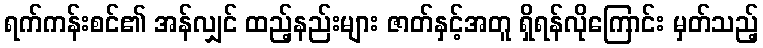
ရက်ကန်းစင်၏ အန်လျှင် ထည့်နည်းများ ဇာတ်နှင့်အတူ ရှိရန်လိုကြောင်း မှတ်သည့်